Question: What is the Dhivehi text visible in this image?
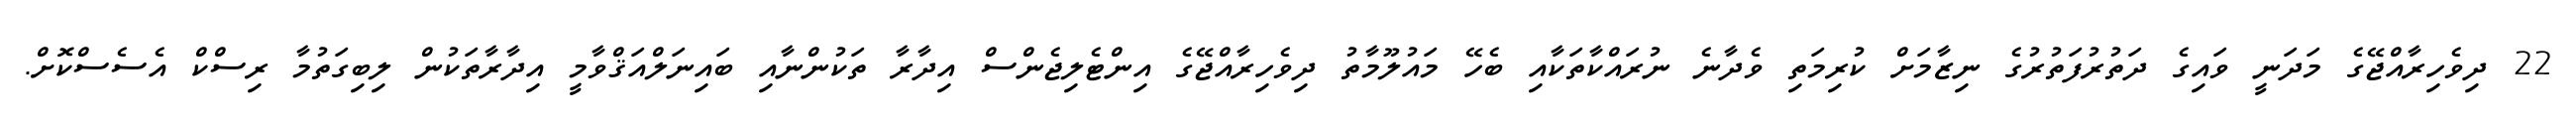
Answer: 22 ދިވެހިރާއްޖޭގެ މަދަނީ ވައިގެ ދަތުރުފަތުރުގެ ނިޒާމަށް ކުރިމަތި ވެދާނެ ނުރައްކާތަކާއި ބެހޭ މައުލޫމާތު ދިވެހިރާއްޖޭގެ އިންޓެލިޖެންސް އިދާރާ ތަކުންނާއި ބައިނަލްއަޤްވާމީ އިދާރާތަކުން ލިބިގަތުމާ ރިސްކް އެސެސްކޮށް.